Leaving Certificate Examination (including Day School Certificate (Higher) General paper), 1932
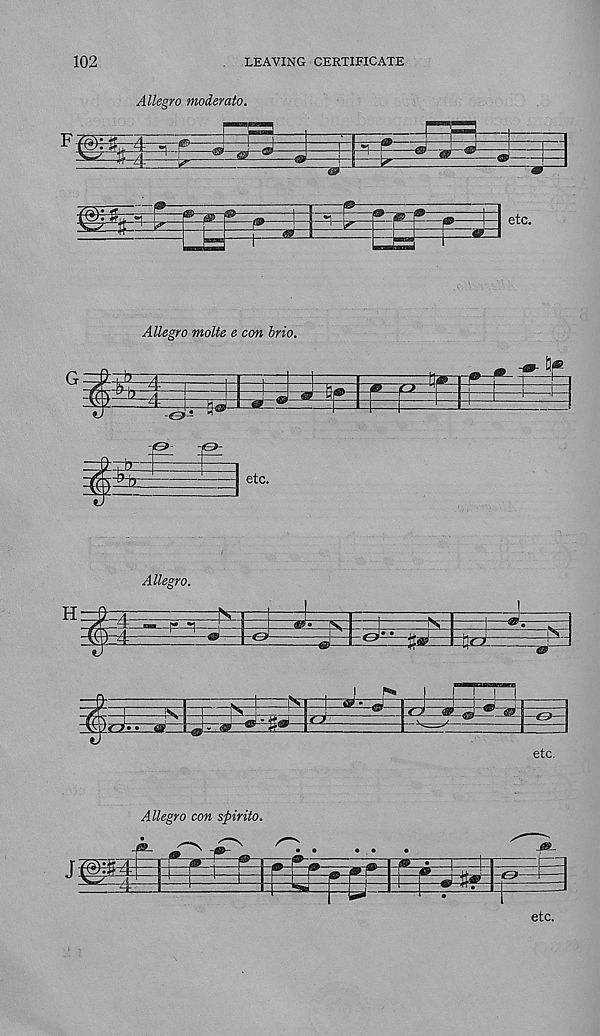
102
LEAVING CERTIFICATE
Allegro moderate.
Allegro molte e con brio.
tJ
Allegro.
H
Allegro con spirito.
etc.